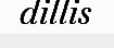
dillis